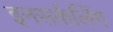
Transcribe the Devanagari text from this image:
इनसर्कलिंग